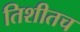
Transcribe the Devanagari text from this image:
तिशीतच